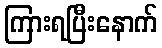
ကြားရပြီးနောက်